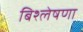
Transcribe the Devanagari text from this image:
बिश्लेषणा